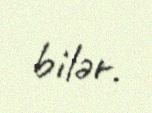
bilər.